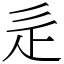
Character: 辵